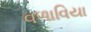
વળાવિયા